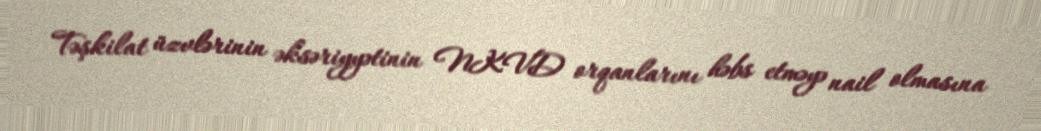
Təşkilat üzvlərinin əksəriyyətinin NKVD orqanlarını həbs etməyə nail olmasına